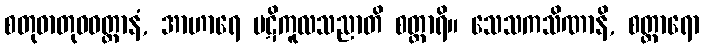
စတုဓာတုဝဝတ္ထာနံ, အာဟာရေ ပဋိကူလသညာတိ စတ္တာရိ။ သေသကသိဏာနိ, စတ္တာရော